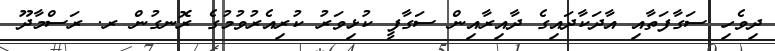
ދިވެހި ސަގާފަތާއި އާދަކާދައިގެ ދާއިރާއިން ސަގާފީ ކުޅިވަރު ކުރިއެރުވުމުގެ ރޮނގުން ރ. ރަސްމާދޫ